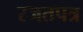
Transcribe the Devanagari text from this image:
रजतपत्र